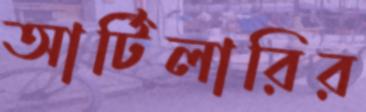
আর্টিলারির